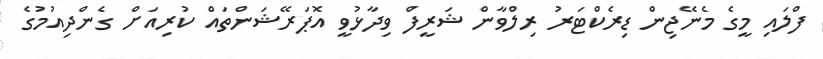
ފްލައި މީގެ މެނޭޖިން ޑިރެކްޓަރު ރިލްވާން ޝަރީފް ވިދާޅުވީ އޮޕަރޭޝަންތައް ކުރިއަށް ގެންދިއުމުގެ